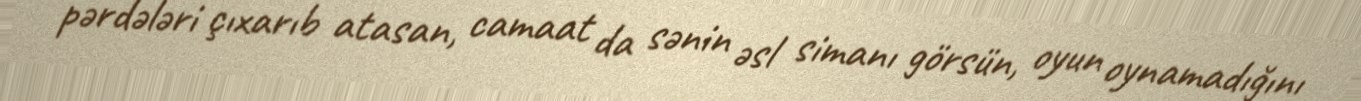
pərdələri çıxarıb atasan, camaat da sənin əsl simanı görsün, oyun oynamadığını